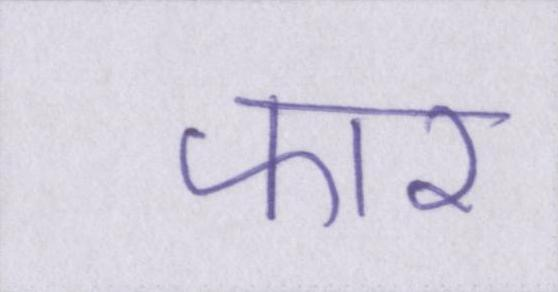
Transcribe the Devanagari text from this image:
फार